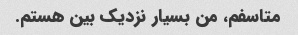
متاسفم، من بسیار نزدیک بین هستم.